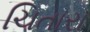
ચિતારા